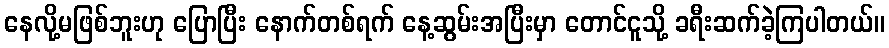
နေလို့မဖြစ်ဘူးဟု ပြောပြီး နောက်တစ်ရက် နေ့ဆွမ်းအပြီးမှာ တောင်ငူသို့ ခရီးဆက်ခဲ့ကြပါတယ်။